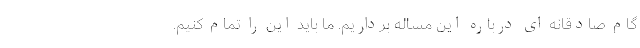
گام صادقانه ای درباره این مساله برداریم. ما باید این را تمام کنیم.